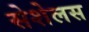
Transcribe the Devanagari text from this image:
सेशेलस